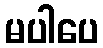
မပါပေ